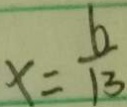
x = \frac { 6 } { 1 3 }